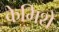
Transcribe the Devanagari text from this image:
केमिशे